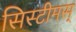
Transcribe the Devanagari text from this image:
सिस्टीमस्